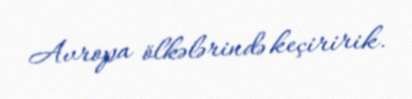
Avropa ölkələrində keçiririk.